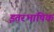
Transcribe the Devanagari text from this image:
इतरभाषिक